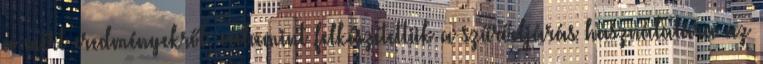
a mért eredményekről, valamint felkészítettük a szűrőeljárás használatára az